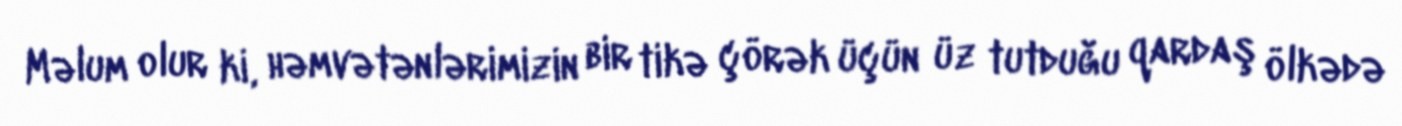
Məlum olur ki, həmvətənlərimizin bir tikə çörək üçün üz tutduğu qardaş ölkədə